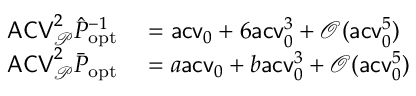
\begin{array} { r l } { \mathsf { A C V } _ { \mathcal P } ^ { 2 } \hat { P } _ { \mathrm { o p t } } ^ { - 1 } } & { { } = \mathsf { a c v } _ { 0 } + 6 \mathsf { a c v } _ { 0 } ^ { 3 } + \mathcal O ( \mathsf { a c v } _ { 0 } ^ { 5 } ) } \\ { \mathsf { A C V } _ { \mathcal P } ^ { 2 } \bar { P } _ { \mathrm { o p t } } } & { { } = a \mathsf { a c v } _ { 0 } + b \mathsf { a c v } _ { 0 } ^ { 3 } + \mathcal O ( \mathsf { a c v } _ { 0 } ^ { 5 } ) } \end{array}